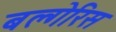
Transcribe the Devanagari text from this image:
बल्गेरिस